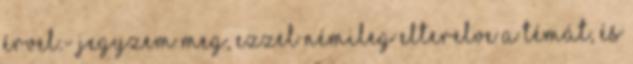
érvel.- Jegyzem meg, ezzel némileg elterelve a témát, és